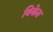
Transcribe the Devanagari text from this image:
विकेल